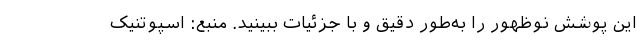
این پوشش نوظهور را به‌طور دقیق و با جزئیات ببینید. منبع: اسپوتنیک